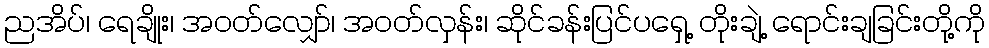
ညအိပ်၊ ရေချိုး၊ အဝတ်လျှော်၊ အဝတ်လှန်း၊ ဆိုင်ခန်းပြင်ပရှေ့ တိုးချဲ့ ရောင်းချခြင်းတို့ကို